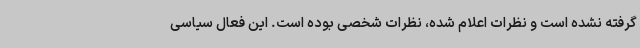
گرفته نشده است و نظرات اعلام شده، نظرات شخصی بوده است. این فعال سیاسی